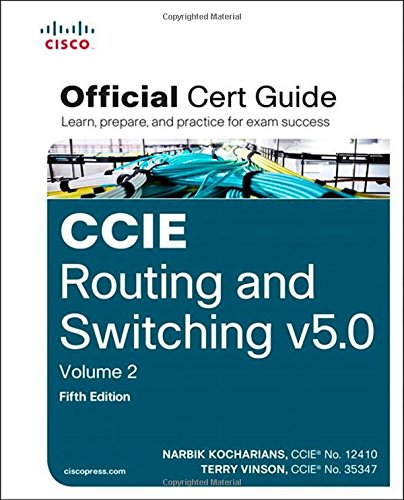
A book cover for CCIE Routing and Switching v5.0 Official Cert Guide, Volume 2 (5th Edition); Narbik Kocharians; Computers & Technology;